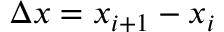
\Delta x = x _ { i + 1 } - x _ { i }